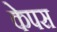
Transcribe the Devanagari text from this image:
केपस